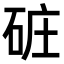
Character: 䂯